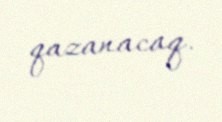
qazanacaq.